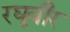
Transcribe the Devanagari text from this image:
रघूवीर